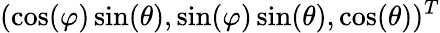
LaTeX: (\cos(\varphi)\sin(\theta),\sin(\varphi)\sin(\theta),\cos(\theta))^{T}